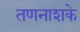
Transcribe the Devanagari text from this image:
तणनाशके